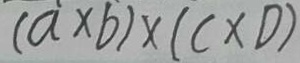
( a \times b ) \times ( C \times D )